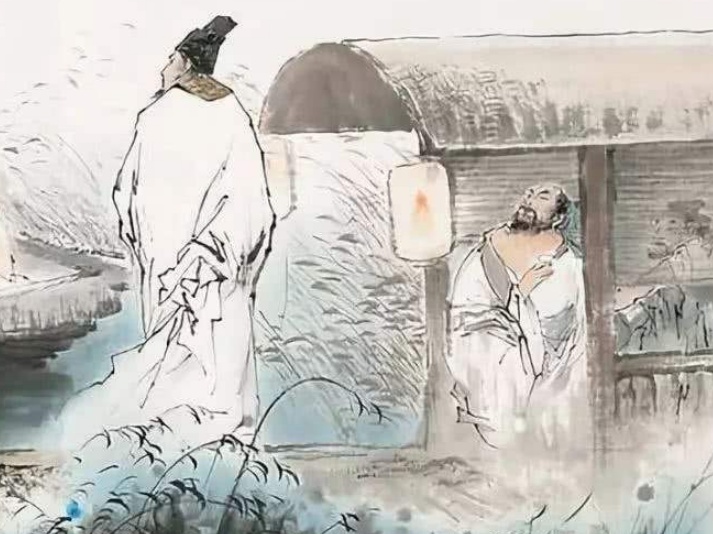
为我引杯添酒饮，与君把箸击盘歌。